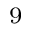
_ 9